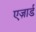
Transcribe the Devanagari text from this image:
एज़ार्ड